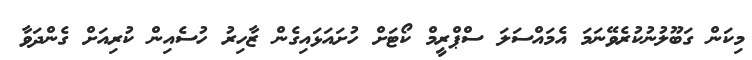
މިކަން ގަބޫލުނުކުރެވޭނަމަ އެމައްސަލަ ސްޕްރީމް ކޯޓަށް ހުށައަޅައިގެން ޒާހިރު ހުސެއިން ކުރިއަށް ގެންދަވާ